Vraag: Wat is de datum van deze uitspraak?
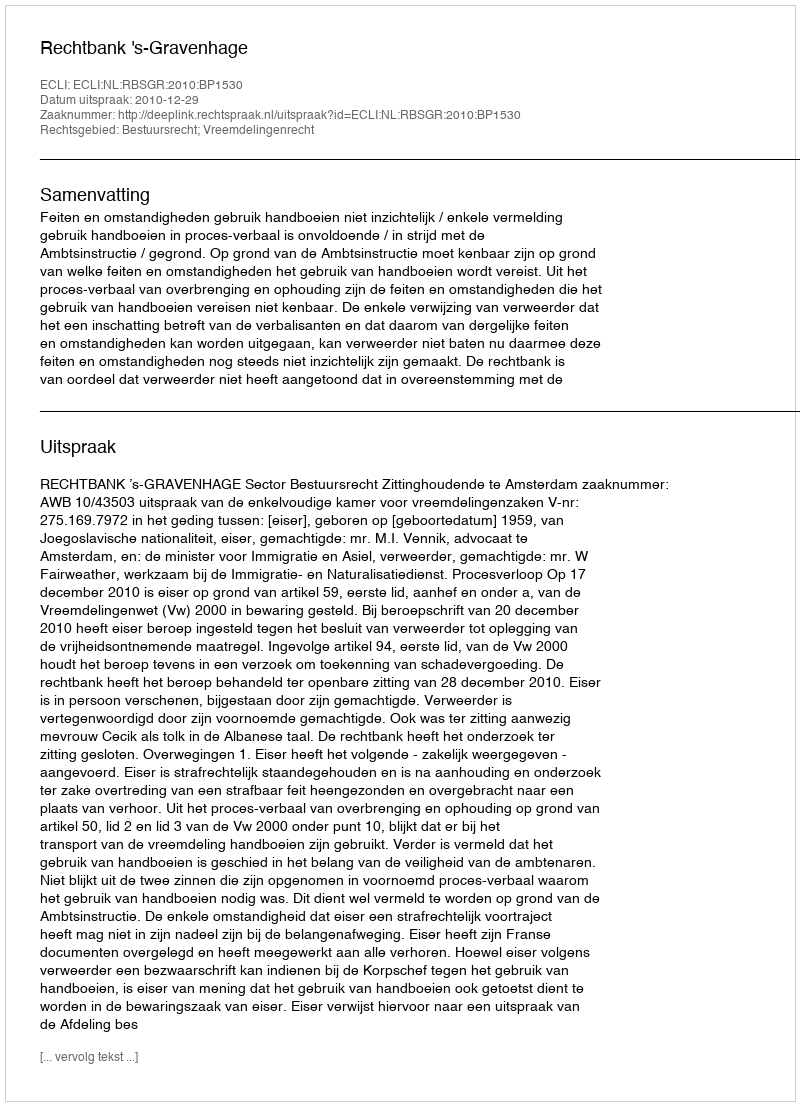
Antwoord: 2010-12-29